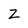
Character: Z